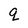
Character: q